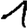
Digit: 1